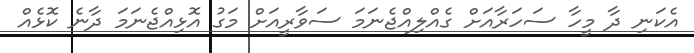
އެކަނި ދާ މީހާ ސަހަރާއަށް ގެއްލިއްޖެނަމަ ސަވާރީއަށް މަގު އޮޅިއްޖެނަމަ ދާނެ ކޮޅެއް